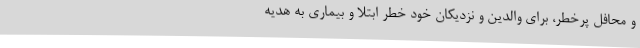
و محافل پرخطر، برای والدین و نزدیکان خود خطر ابتلا و بیماری به هدیه